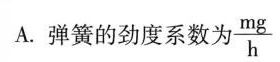
A. 弹簧的劲度系数为\frac{mg}{h}